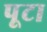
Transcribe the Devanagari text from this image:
पूटा